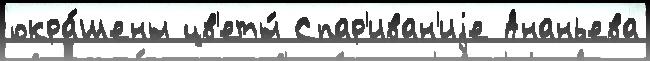
окра́шены цв'еты́ Спар'иван'иjе Ананьева